38_143685_box_Incident_Summaries_173-233
Agency: Department of War
Page 87
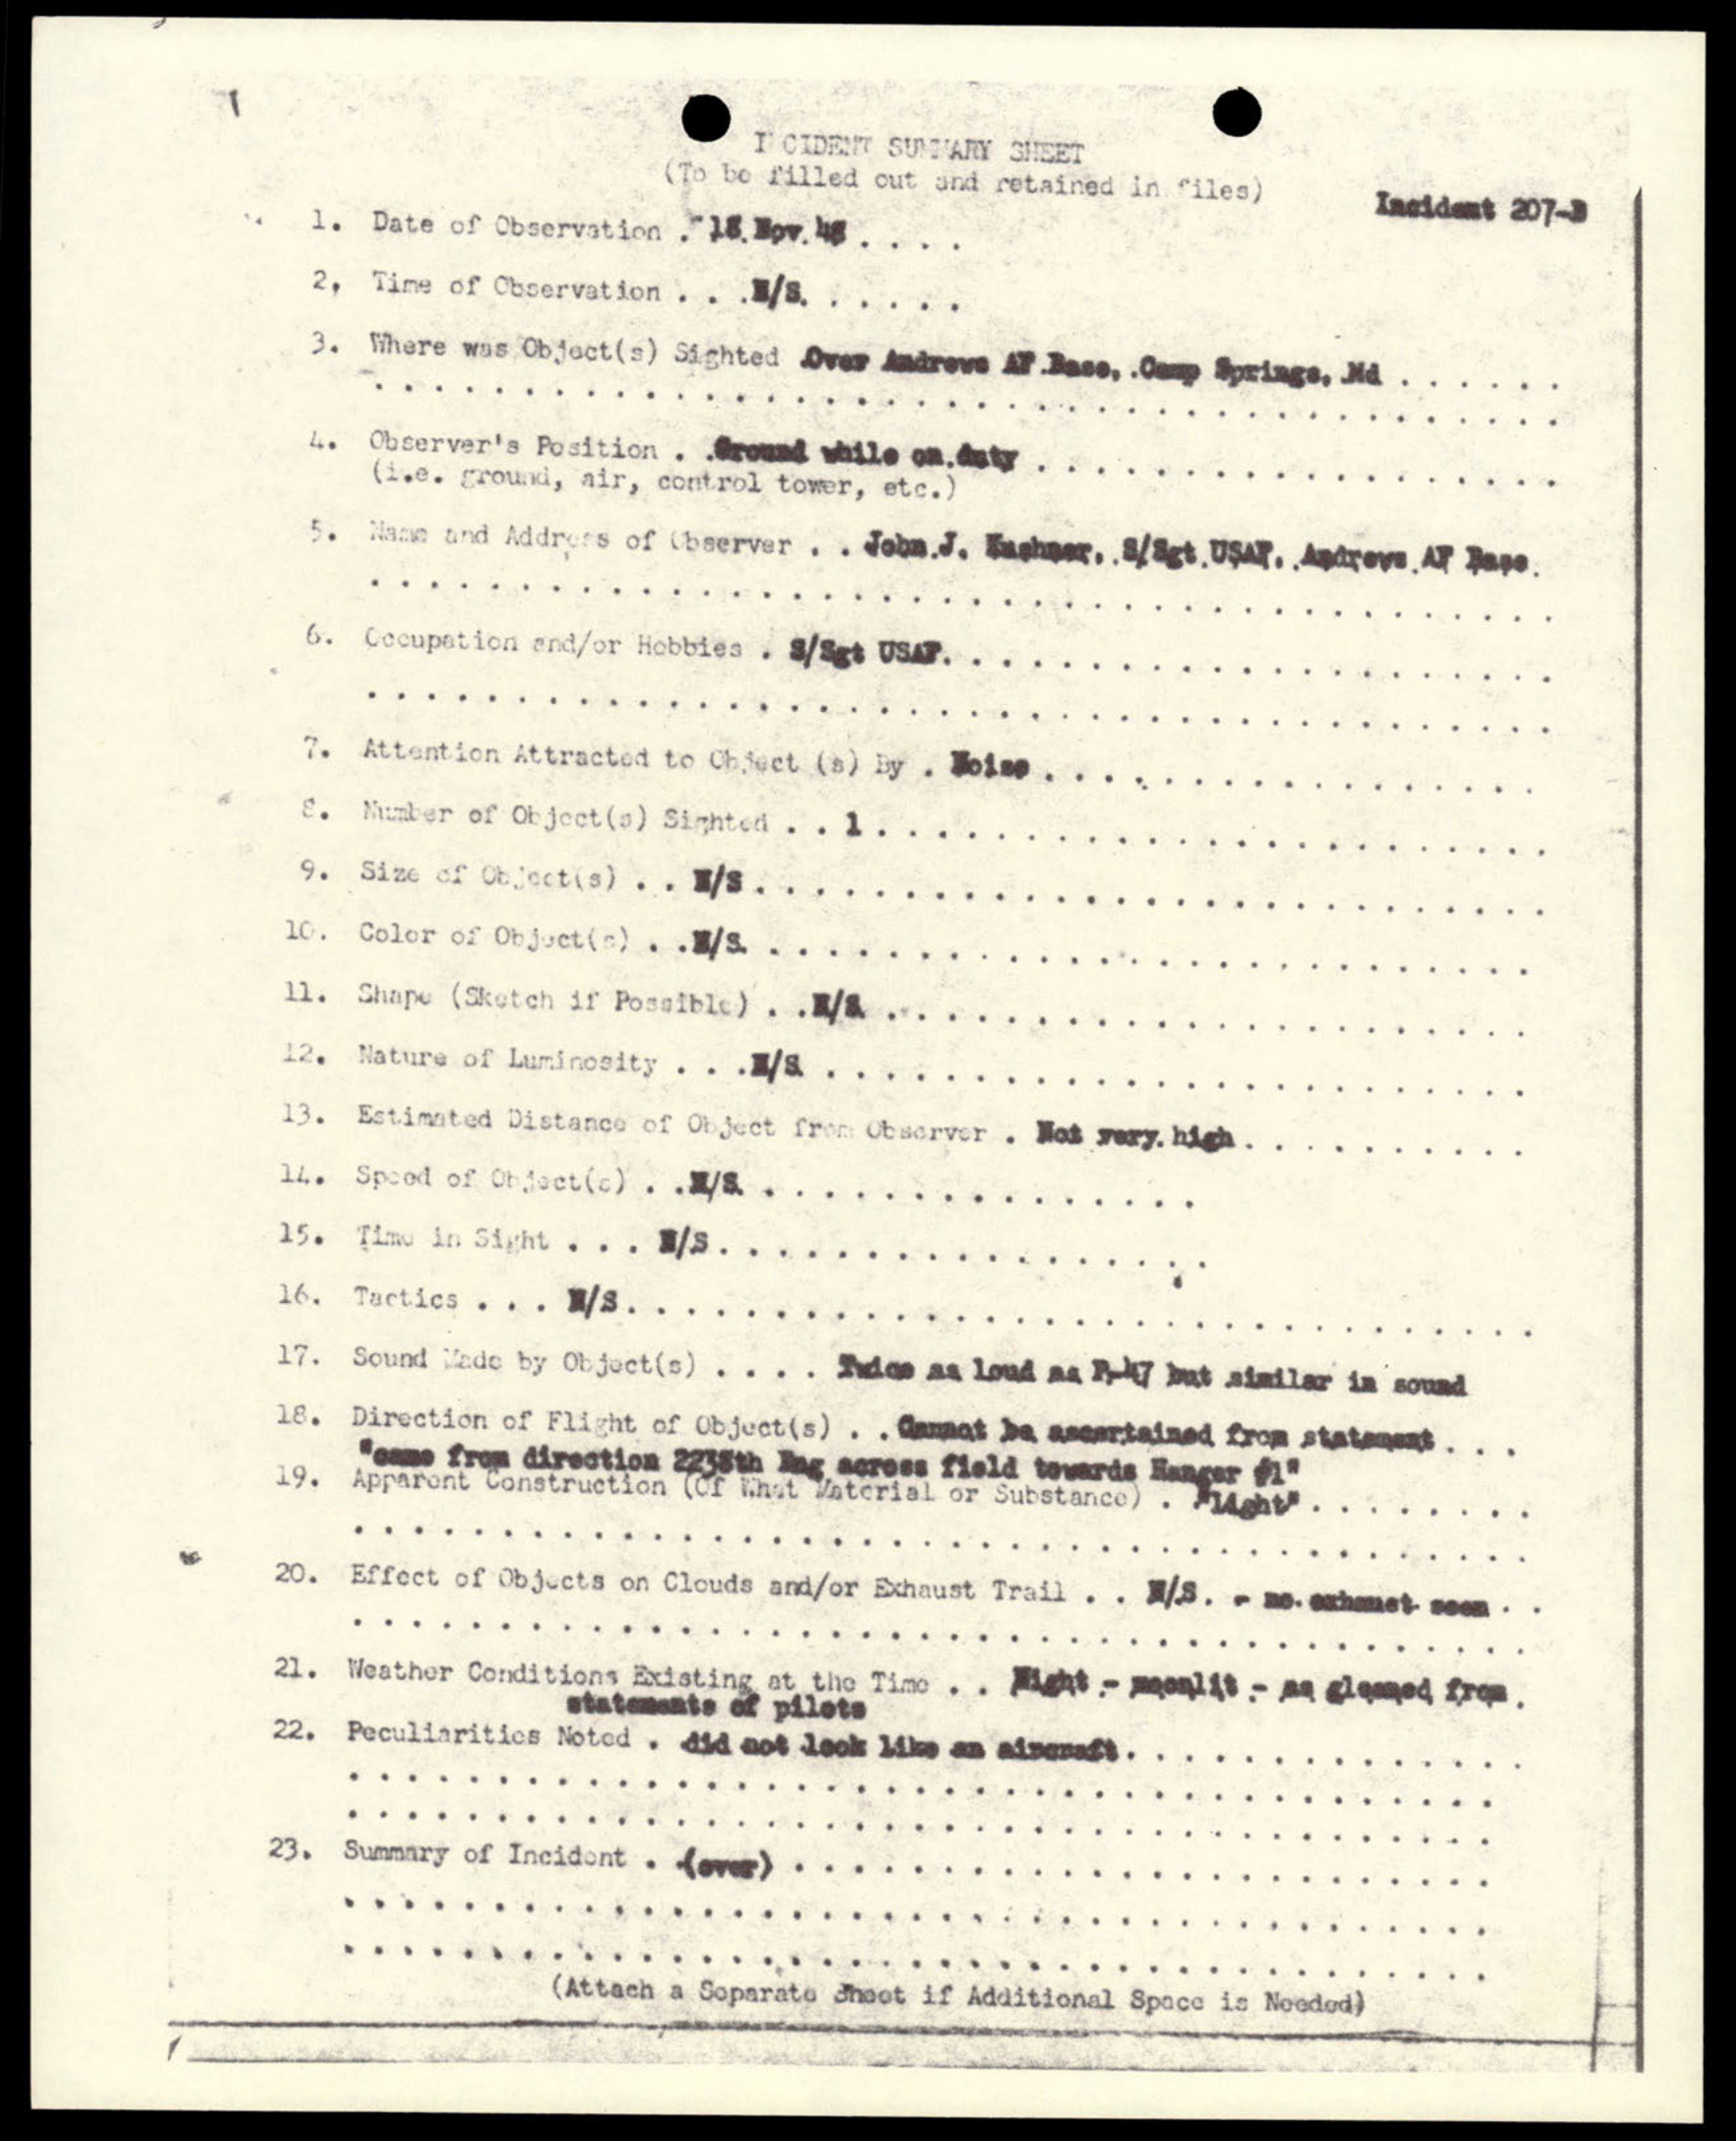